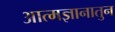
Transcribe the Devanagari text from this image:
आत्मज्ञानातुन